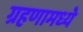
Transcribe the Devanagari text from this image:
ग्रहणामध्ये